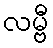
လမ္ဗီ